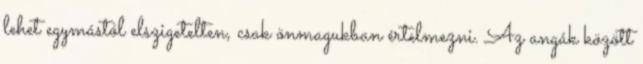
lehet egymástól elszigetelten, csak önmagukban értelmezni. Az angák között